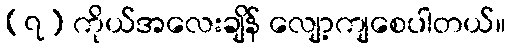
(၇) ကိုယ်အလေးချိန် လျော့ကျစေပါတယ်။